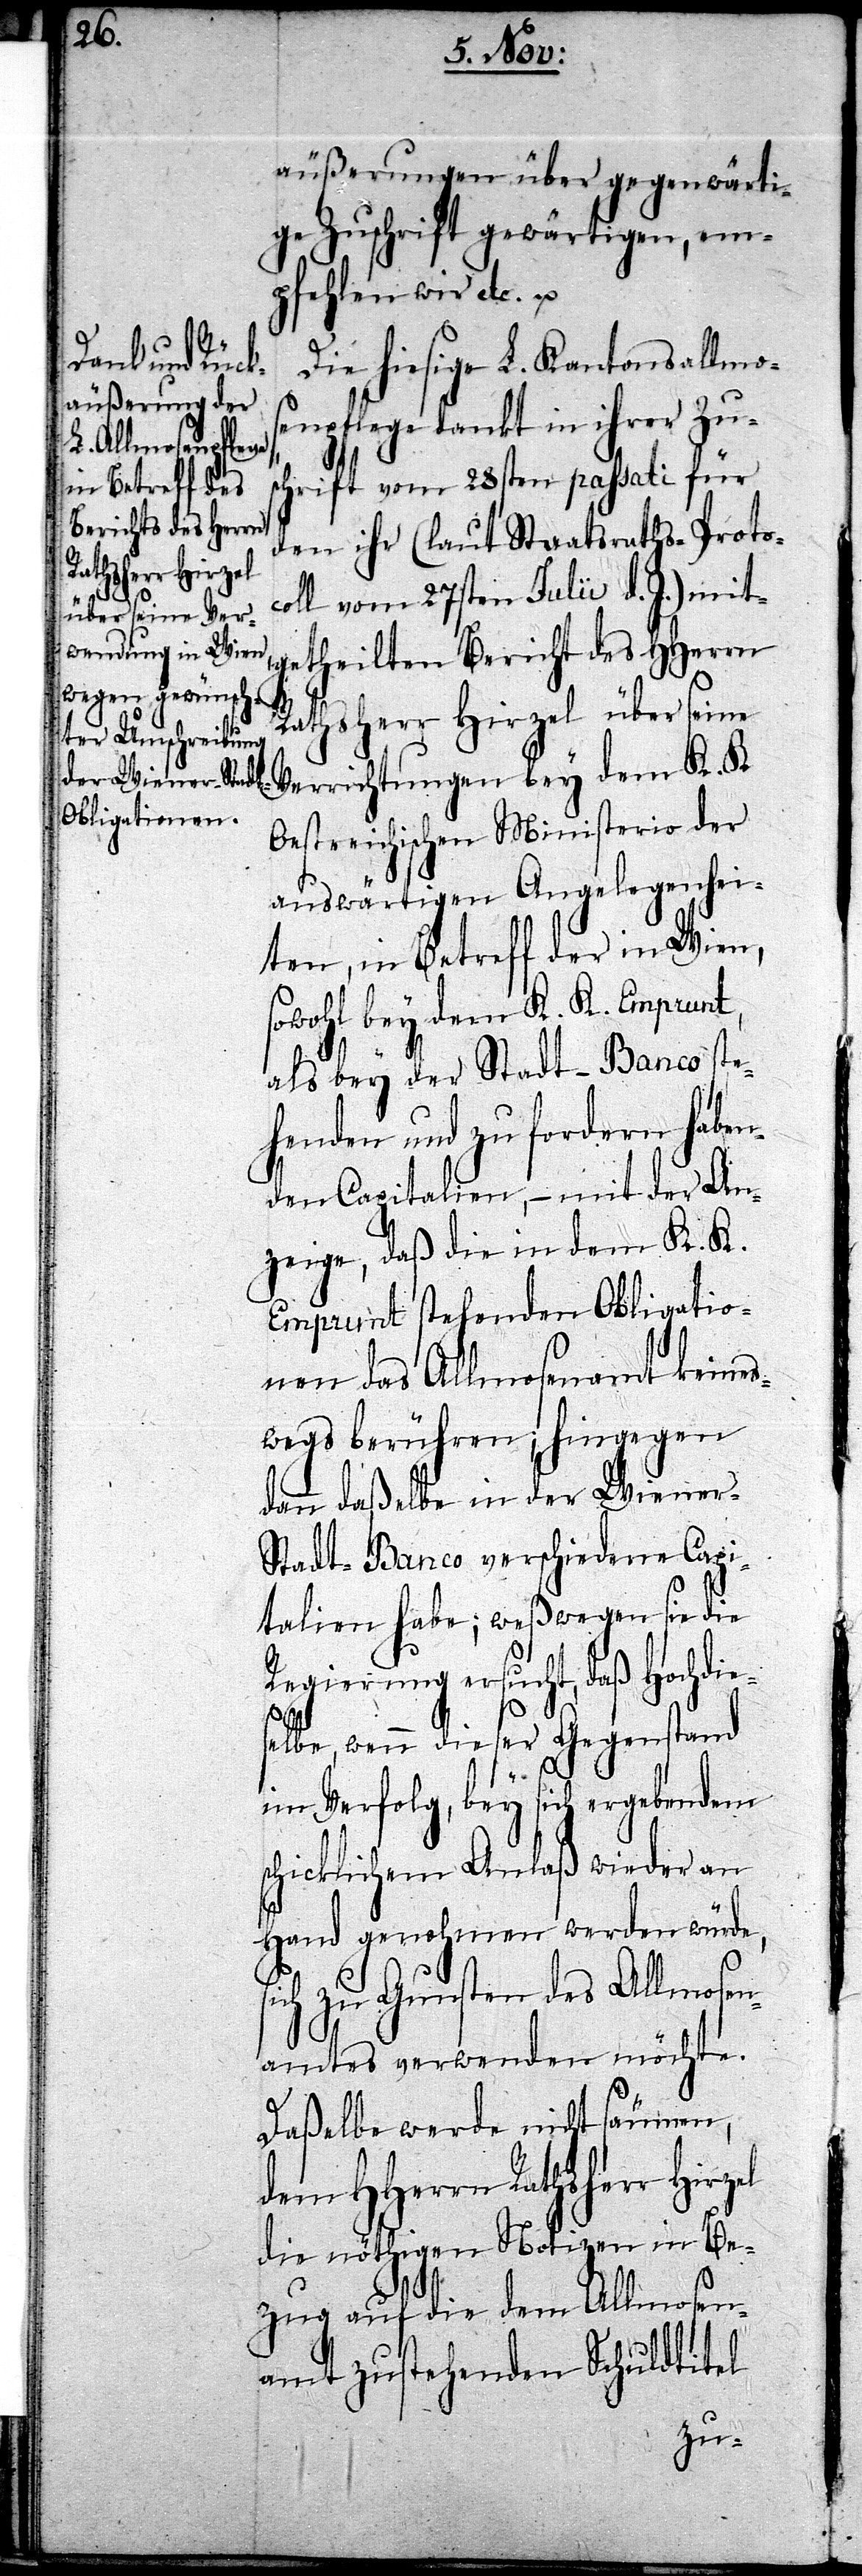
Rathsherr Hirzel

äußerungen über gegenwärti¬
ge Zuschrift gewärtigen, em¬
pfehlen wir etc. u.
Die hiesige L. Kantonsallmose¬
npflege dankt in ihrer Zus¬
chrift vom 28sten passati für
den ihr (laut Staatsraths-Protoc¬
oll vom 27sten Julii d. J.) mit¬
getheilten Bericht des HHerrn
Rathsherr Hirzel über seine
Verrichtungen bey dem K. K.
Oestreichischen Ministerio der
auswärtigen Angelegenhei¬
ten, in Betreff der in Wien,
sowohl bey dem K. K. Emprunt,
als bey der Stadt-Banco ste¬
henden und zu fordern haben¬
den Capitalien, – mit der An¬
zeige, daß die in dem K. K.
Emprunt stehenden Obligatio¬
nen das Allmosenamt keines¬
wegs berühren; hingegen
dann daßelbe in der Wiener-S¬
tadt-Banco verschiedene Capi¬
talien habe; weßwegen sie die
Regierung ersucht, daß Hochdies¬
s¬
elbe, wenn dieser Gegenstand
im Verfolg, bey sich ergebendem
chicklichem Anlaß wieder an
Hand genohmen werden würde,
sich zu Gunsten des Allmosen¬
amtes verwenden möchte.
Daßelbe werde nicht säumen,
die nöthigen Notizen in Be¬
zug auf die dem Allmosen¬
amt zustehenden Schuldtitel